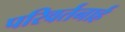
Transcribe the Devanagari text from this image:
परिवर्तनार्ह